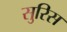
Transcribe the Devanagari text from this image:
सुरिस